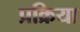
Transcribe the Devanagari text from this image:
प्रक्रिया